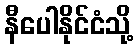
နီပေါနိုင်ငံသို့